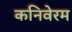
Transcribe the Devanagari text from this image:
कनिवेरम